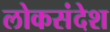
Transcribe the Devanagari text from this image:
लोकसंदेश